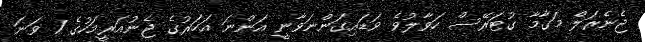
ޖެނެރަލް މަގާމާ ގުޓަރޭސް ހަވާލުވެ ވަޑައިގަންނަވާނީ އަންނަ އަހަރުގެ ޖެނުއަރީމަހުގެ 1 ވަނަ